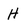
Character: H